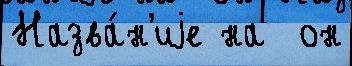
Назва́н'иjе на  он